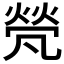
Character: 𠙦